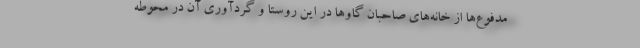
مدفوع‌ها از خانه‌های صاحبان گاوها در این روستا و گردآوری آن در محوطه